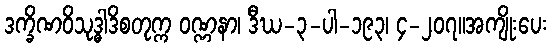
ဒက္ခိဏဝိသုဒ္ဓါဒိစတုက္က ဝဏ္ဏနာ၊ ဒီဃ-၃-ပါ-၁၉၃၊ ၄-၂၀၇။အကျိုးပေး